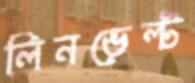
লিনভেল্ট